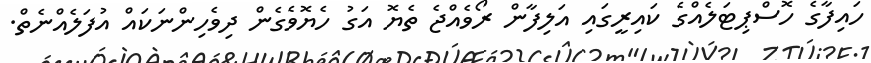
ހައިފާގެ ހޮސްޕިޓަލެއްގެ ކައިރީގައި އަލިފާން ރޯވެއްޖެ ތެޔޮ އަގު ހެޔޮވެގެންް ދިވެހިންނަކައް އުފަލެއްނެތް.